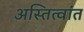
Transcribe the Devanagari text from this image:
अस्तित्वांत